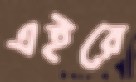
এইরে